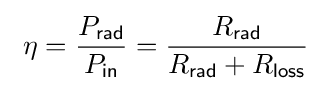
\ \eta ={P_{\mathsf {rad}} \over P_{\mathsf {in}}}={R_{\mathsf {rad}} \over R_{\mathsf {rad}}+R_{\mathsf {loss}}}\